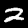
Digit: 2